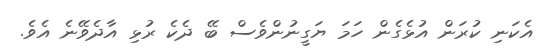
އެކަނި ކުރަން އުޅެގެން ހަމަ ޔަގީނުންވެސް ބޭ ދެކެ ރުޅި އާދެވޭނެ އެވެ.